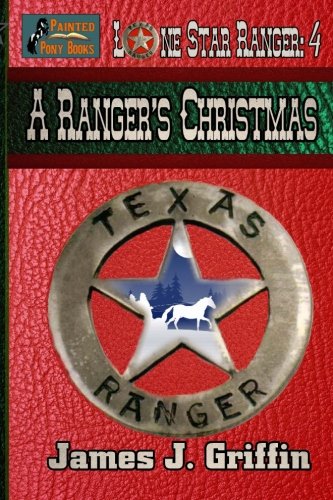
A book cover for A Ranger's Christmas (Lone Star Ranger ) (Volume 4); James J. Griffin; Teen & Young Adult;